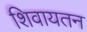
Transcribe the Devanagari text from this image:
शिवायतन